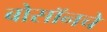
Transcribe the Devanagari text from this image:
बोसॉनचे